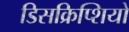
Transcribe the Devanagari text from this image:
डिसक्रिप्शियो